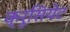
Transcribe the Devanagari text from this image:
क्रूसियेट